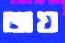
জয়